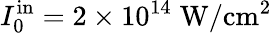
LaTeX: I_{0}^{\mathrm{in}}=2\times 10^{14}\; \mathrm{W/cm^{2}}